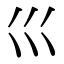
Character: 𡿦